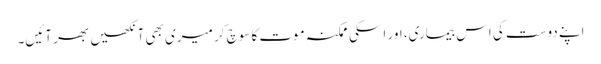
اپنے دوست کی اس بیماری، اور اسکی ممکنہ موت کا سوچ کر میری بھی آنکھیں بھر آئیں۔